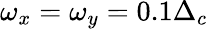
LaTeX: \omega_{x}=\omega_{y}=0.1\Delta_{c}